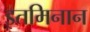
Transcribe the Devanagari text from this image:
इतमिनान